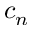
c _ { n }